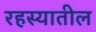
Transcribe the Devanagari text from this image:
रहस्यातील